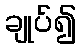
ချုပ်၍